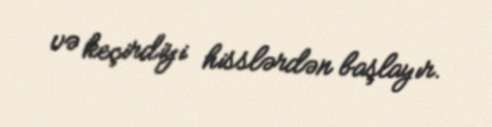
və keçirdiyi hisslərdən başlayır.